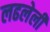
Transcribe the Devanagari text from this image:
लढलेली